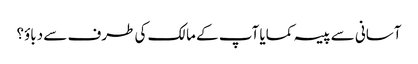
آسانی سے پیسہ کمایا آپ کے مالک کی طرف سے دباؤ؟